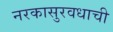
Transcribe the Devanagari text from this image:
नरकासुरवधाची